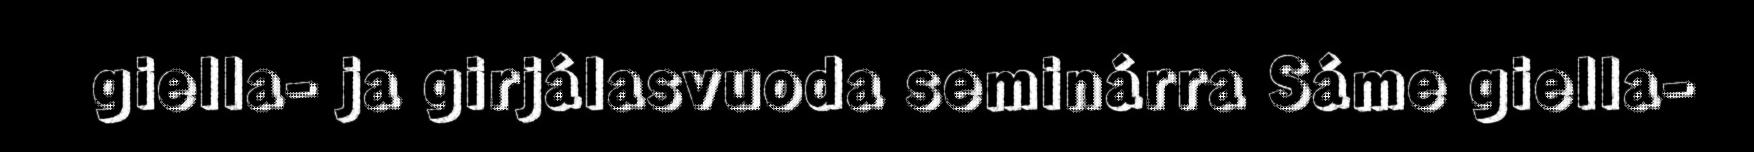
giella- ja girjálasvuoda seminárra Sáme giella-